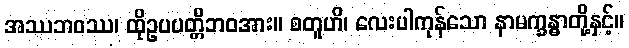
အဿဘဝဿ၊ ထိုဥပပတ္တိဘဝအား။ စတူဟိ၊ လေးပါကုန်သော နာမက္ခန္ဓာတို့နှင့်။